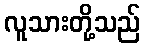
လူသားတို့သည်